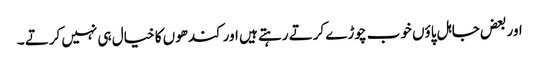
اور بعض جاہل پاؤں خوب چوڑے کرتے رہتے ہیں اور کندھوں کا خیال ہی نہیں کرتے ۔